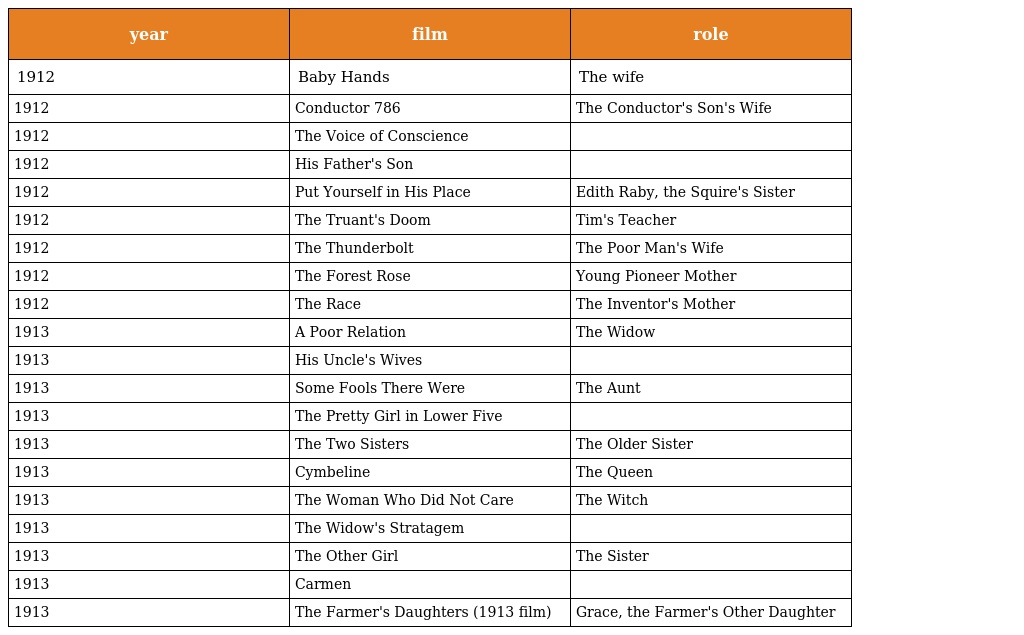
| year | film | role |
 | --- | --- | --- |
 | 1912 | Baby Hands | The wife |
 | 1912 | Conductor 786 | The Conductor's Son's Wife |
 | 1912 | The Voice of Conscience |  |
 | 1912 | His Father's Son |  |
 | 1912 | Put Yourself in His Place | Edith Raby, the Squire's Sister |
 | 1912 | The Truant's Doom | Tim's Teacher |
 | 1912 | The Thunderbolt | The Poor Man's Wife |
 | 1912 | The Forest Rose | Young Pioneer Mother |
 | 1912 | The Race | The Inventor's Mother |
 | 1913 | A Poor Relation | The Widow |
 | 1913 | His Uncle's Wives |  |
 | 1913 | Some Fools There Were | The Aunt |
 | 1913 | The Pretty Girl in Lower Five |  |
 | 1913 | The Two Sisters | The Older Sister |
 | 1913 | Cymbeline | The Queen |
 | 1913 | The Woman Who Did Not Care | The Witch |
 | 1913 | The Widow's Stratagem |  |
 | 1913 | The Other Girl | The Sister |
 | 1913 | Carmen |  |
 | 1913 | The Farmer's Daughters (1913 film) | Grace, the Farmer's Other Daughter |